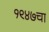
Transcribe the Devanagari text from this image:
१९४७चा